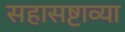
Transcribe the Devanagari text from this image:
सहासष्टाव्या